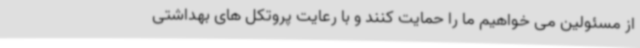
از مسئولین می خواهیم ما را حمایت کنند و با رعایت پروتکل های بهداشتی